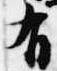
有